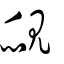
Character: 覛